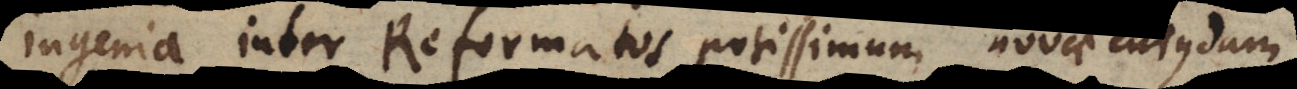
ingenia, inter Reformatos potissimum, novae cujusdam